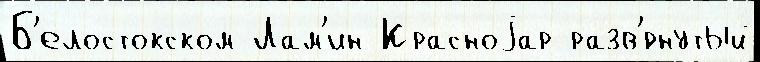
Б'елостокском Лам'ин Красноjар разв'́рнутый